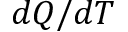
d Q / d T